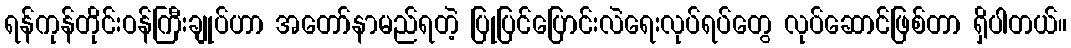
ရန်ကုန်တိုင်းဝန်ကြီးချုပ်ဟာ အတော်နာမည်ရတဲ့ ပြုပြင်ပြောင်းလဲရေးလုပ်ရပ်တွေ လုပ်ဆောင်ဖြစ်တာ ရှိပါတယ်။